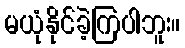
မယုံနိုင်ခဲ့ကြပါဘူး။